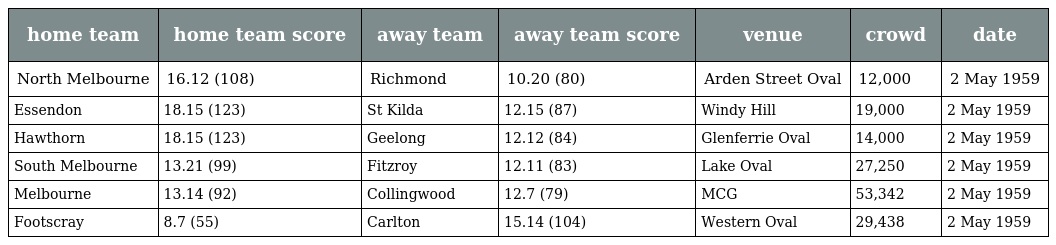
| home team | home team score | away team | away team score | venue | crowd | date |
 | --- | --- | --- | --- | --- | --- | --- |
 | North Melbourne | 16.12 (108) | Richmond | 10.20 (80) | Arden Street Oval | 12,000 | 2 May 1959 |
 | Essendon | 18.15 (123) | St Kilda | 12.15 (87) | Windy Hill | 19,000 | 2 May 1959 |
 | Hawthorn | 18.15 (123) | Geelong | 12.12 (84) | Glenferrie Oval | 14,000 | 2 May 1959 |
 | South Melbourne | 13.21 (99) | Fitzroy | 12.11 (83) | Lake Oval | 27,250 | 2 May 1959 |
 | Melbourne | 13.14 (92) | Collingwood | 12.7 (79) | MCG | 53,342 | 2 May 1959 |
 | Footscray | 8.7 (55) | Carlton | 15.14 (104) | Western Oval | 29,438 | 2 May 1959 |